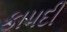
કાપદી